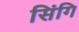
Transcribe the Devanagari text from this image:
सिंगि